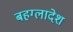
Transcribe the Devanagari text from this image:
बहग्लादेश